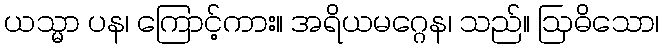
ယသ္မာ ပန၊ ကြောင့်ကား။ အရိယမဂ္ဂေန၊ သည်။ ဩဓိသော၊